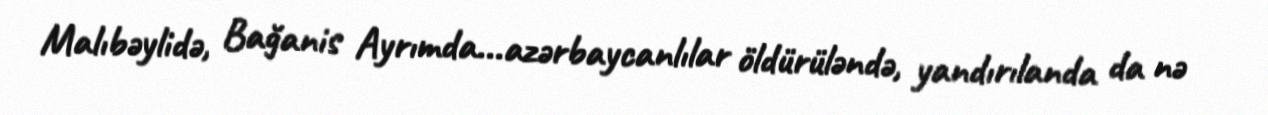
Malıbəylidə, Bağanis Ayrımda...azərbaycanlılar öldürüləndə, yandırılanda da nə